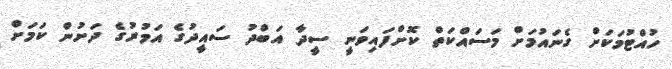
ހުއްޓުމަކަށް ގެނައުމަށް މަސައްކަތް ކޮށްފައިވަނީ ސީދާ އަބްދު ސައީދުގެ އަމުރުގެ ދަށުން ކަމަށް